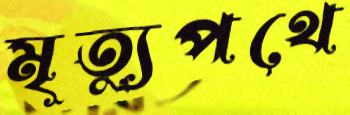
মৃত্যুপথে